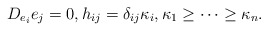
\begin{align*}D_{e_i}e_j=0,h_{ij}=\delta_{ij}\kappa_i,\kappa_1\geq \cdots\geq \kappa_n.\end{align*}